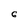
Character: 6